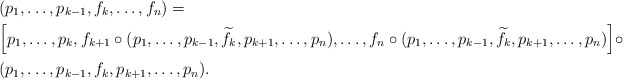
\begin{align*}&(p_{1},\ldots,p_{k-1},f_{k},\ldots,f_{n})=\\&\Big[p_{1},\ldots,p_{k},f_{k+1}\circ (p_{1},\ldots,p_{k-1},\widetilde{f}_{k},p_{k+1},\ldots,p_{n}),\ldots,f_{n}\circ (p_{1},\ldots,p_{k-1},\widetilde{f}_{k},p_{k+1},\ldots,p_{n})\Big]\circ \\ &(p_{1},\ldots,p_{k-1},f_{k},p_{k+1},\ldots,p_{n}).\end{align*}